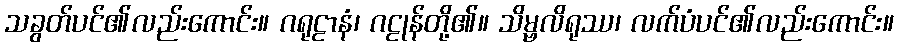
သခွတ်ပင်၏လည်းကောင်း။ ဂရုဠာနံ၊ ဂဠုန်တို့၏။ သိမ္ဗလိရုဿ၊ လက်ပံပင်၏လည်းကောင်း။